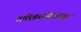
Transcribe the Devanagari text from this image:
गयीइससेअमृत